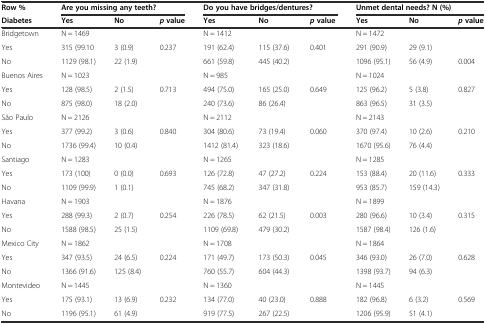
<table><thead><tr><td><b>Row %</b></td><td colspan="3"><b>Are you missing any teeth?</b></td><td colspan="3"><b>Do you have bridges/dentures?</b></td><td colspan="3"><b>Unmet dental needs? N (%)</b></td></tr><tr><td><b>Diabetes</b></td><td><b>Yes</b></td><td><b>No</b></td><td><b><i>p</i>value</b></td><td><b>Yes</b></td><td><b>No</b></td><td><b><i>p</i>value</b></td><td><b>Yes</b></td><td><b>No</b></td><td><b><i>p</i>value</b></td></tr></thead><tbody><tr><td>Bridgetown</td><td colspan="2">N = 1469</td><td></td><td colspan="2">N = 1412</td><td></td><td colspan="3">N = 1472</td></tr><tr><td>Yes</td><td>315 (99.10</td><td>3 (0.9)</td><td>0.237</td><td>191 (62.4)</td><td>115 (37.6)</td><td>0.401</td><td>291 (90.9)</td><td>29 (9.1)</td><td></td></tr><tr><td>No</td><td>1129 (98.1)</td><td>22 (1.9)</td><td></td><td>661 (59.8)</td><td>445 (40.2)</td><td></td><td>1096 (95.1)</td><td>56 (4.9)</td><td>0.004</td></tr><tr><td>Buenos Aires</td><td colspan="2">N = 1023</td><td></td><td colspan="2">N = 985</td><td></td><td colspan="3">N = 1024</td></tr><tr><td>Yes</td><td>128 (98.5)</td><td>2 (1.5)</td><td>0.713</td><td>494 (75.0)</td><td>165 (25.0)</td><td>0.649</td><td>125 (96.2)</td><td>5 (3.8)</td><td>0.827</td></tr><tr><td>No</td><td>875 (98.0)</td><td>18 (2.0)</td><td></td><td>240 (73.6)</td><td>86 (26.4)</td><td></td><td>863 (96.5)</td><td>31 (3.5)</td><td></td></tr><tr><td>São Paulo</td><td colspan="2">N = 2126</td><td></td><td colspan="2">N = 2112</td><td></td><td colspan="3">N = 2143</td></tr><tr><td>Yes</td><td>377 (99.2)</td><td>3 (0.6)</td><td>0.840</td><td>304 (80.6)</td><td>73 (19.4)</td><td>0.060</td><td>370 (97.4)</td><td>10 (2.6)</td><td>0.210</td></tr><tr><td>No</td><td>1736 (99.4)</td><td>10 (0.4)</td><td></td><td>1412 (81.4)</td><td>323 (18.6)</td><td></td><td>1670 (95.6)</td><td>76 (4.4)</td><td></td></tr><tr><td>Santiago</td><td colspan="2">N = 1283</td><td></td><td colspan="2">N = 1265</td><td></td><td colspan="3">N = 1285</td></tr><tr><td>Yes</td><td>173 (100)</td><td>0 (0.0)</td><td>0.693</td><td>126 (72.8)</td><td>47 (27.2)</td><td>0.224</td><td>153 (88.4)</td><td>20 (11.6)</td><td>0.333</td></tr><tr><td>No</td><td>1109 (99.9)</td><td>1 (0.1)</td><td></td><td>745 (68.2)</td><td>347 (31.8)</td><td></td><td>953 (85.7)</td><td>159 (14.3)</td><td></td></tr><tr><td>Havana</td><td colspan="2">N = 1903</td><td></td><td colspan="2">N = 1876</td><td></td><td colspan="3">N = 1899</td></tr><tr><td>Yes</td><td>288 (99.3)</td><td>2 (0.7)</td><td>0.254</td><td>226 (78.5)</td><td>62 (21.5)</td><td>0.003</td><td>280 (96.6)</td><td>10 (3.4)</td><td>0.315</td></tr><tr><td>No</td><td>1588 (98.5)</td><td>25 (1.5)</td><td></td><td>1109 (69.8)</td><td>479 (30.2)</td><td></td><td>1587 (98.4)</td><td>126 (1.6)</td><td></td></tr><tr><td>Mexico City</td><td colspan="2">N = 1862</td><td></td><td colspan="2">N = 1708</td><td></td><td colspan="3">N = 1864</td></tr><tr><td>Yes</td><td>347 (93.5)</td><td>24 (6.5)</td><td>0.224</td><td>171 (49.7)</td><td>173 (50.3)</td><td>0.045</td><td>346 (93.0)</td><td>26 (7.0)</td><td>0.628</td></tr><tr><td>No</td><td>1366 (91.6)</td><td>125 (8.4)</td><td></td><td>760 (55.7)</td><td>604 (44.3)</td><td></td><td>1398 (93.7)</td><td>94 (6.3)</td><td></td></tr><tr><td>Montevideo</td><td colspan="2">N = 1445</td><td></td><td colspan="2">N = 1360</td><td></td><td colspan="3">N = 1445</td></tr><tr><td>Yes</td><td>175 (93.1)</td><td>13 (6.9)</td><td>0.232</td><td>134 (77.0)</td><td>40 (23.0)</td><td>0.888</td><td>182 (96.8)</td><td>6 (3.2)</td><td>0.569</td></tr><tr><td>No</td><td>1196 (95.1)</td><td>61 (4.9)</td><td></td><td>919 (77.5)</td><td>267 (22.5)</td><td></td><td>1206 (95.9)</td><td>51 (4.1)</td><td></td></tr></tbody></table>